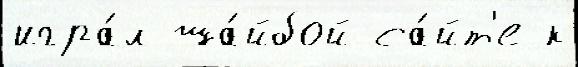
игра́л ша́йбой са́йт'е к